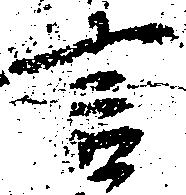
言